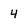
Character: 4